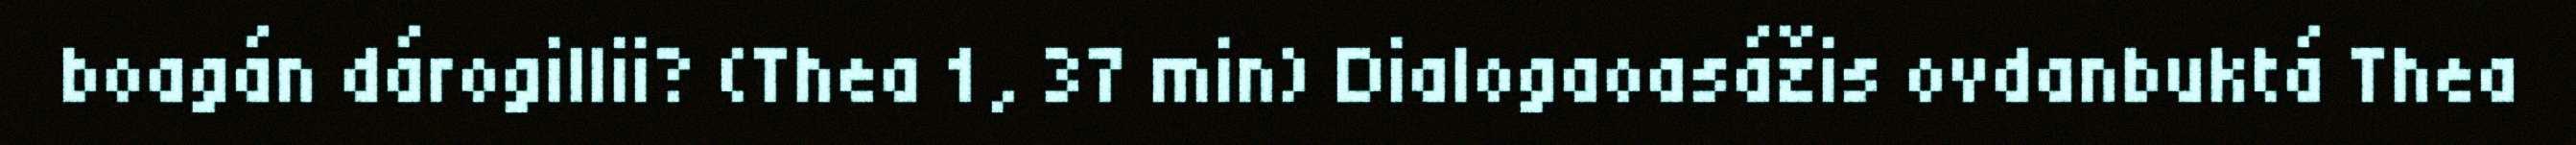
boagán dárogillii? (Thea 1, 37 min) Dialogaoasážis ovdanbuktá Thea